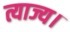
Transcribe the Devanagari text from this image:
त्याज्य।